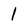
Character: l